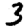
Digit: 3